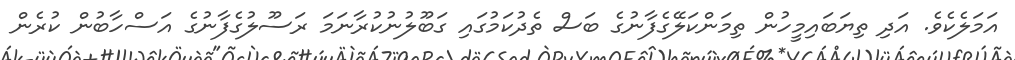
އަމަލެކެވެ. އަދި ތިޔަބައިމީހުން ތިމަންކަލޭގެފާނުގެ ބަސް ތެދުކަމުގައި ގަބޫލުނުކުރާނަމަ ރަސޫލުގެފާނުގެ އަސްހާބުން ކުރެން